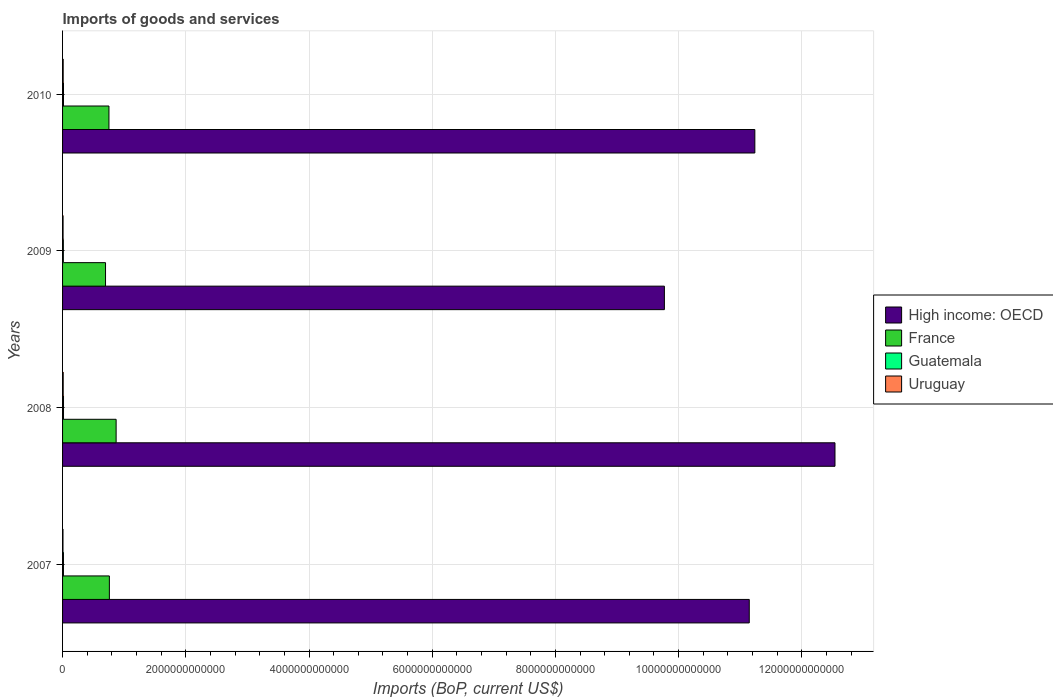
| Years | High income: OECD | France | Guatemala | Uruguay |
 | --- | --- | --- | --- | --- |
 | 2007 | 1.11e+13 | 7.6e+11 | 1.45e+10 | 6.78e+09 |
 | 2008 | 1.25e+13 | 8.69e+11 | 1.55e+10 | 1.03e+10 |
 | 2009 | 9.77e+12 | 6.97e+11 | 1.28e+10 | 8.19e+09 |
 | 2010 | 1.12e+13 | 7.53e+11 | 1.52e+10 | 1.01e+10 |